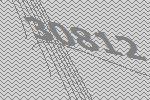
30812